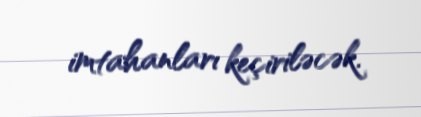
imtahanları keçiriləcək.